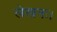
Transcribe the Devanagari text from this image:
लेखनः।